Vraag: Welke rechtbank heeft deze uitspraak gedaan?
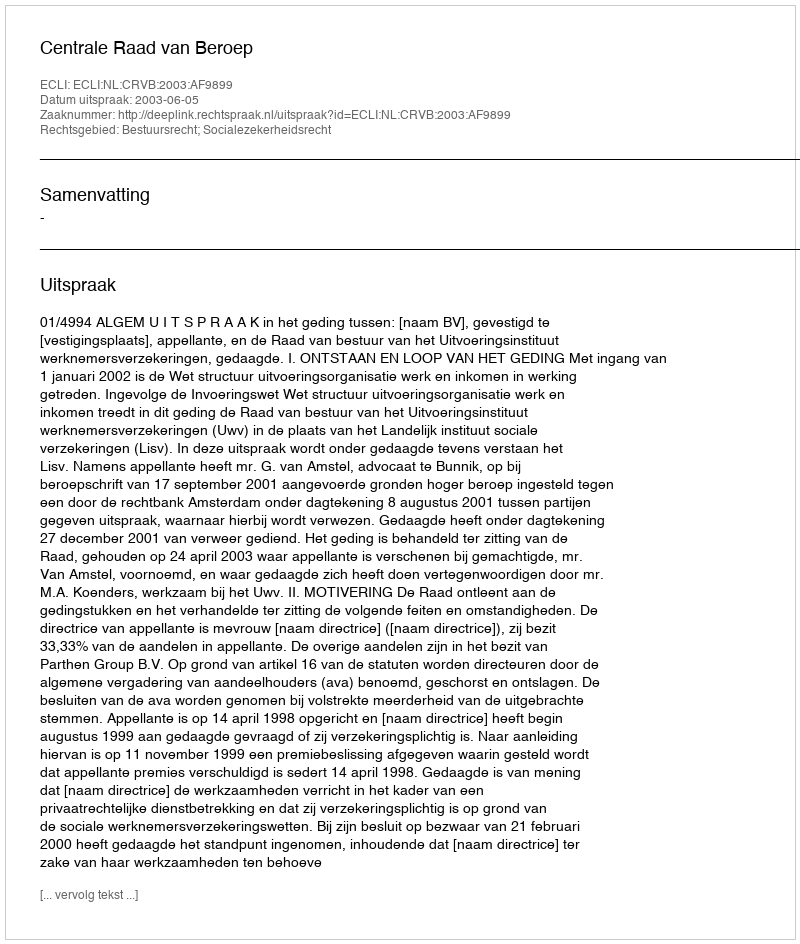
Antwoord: Centrale Raad van Beroep